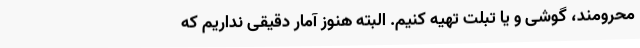
محرومند، گوشی و یا تبلت تهیه کنیم. البته هنوز آمار دقیقی نداریم که